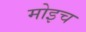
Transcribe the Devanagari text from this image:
मोइच